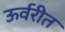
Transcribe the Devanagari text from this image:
ऊर्वरीत